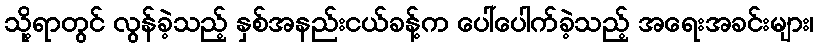
သို့ရာတွင် လွန်ခဲ့သည့် နှစ်အနည်းငယ်ခန့်က ပေါ်ပေါက်ခဲ့သည့် အရေးအခင်းများ၊